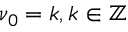
\nu _ { 0 } = k , k \in \mathbb { Z }